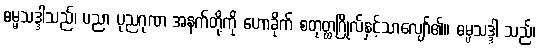
ဓမ္မသဒ္ဒါသည်၊ ပညာ ပုညဂုဏ အနက်တို့ကို ဟောခိုက် စတုတ္ထဂြိုလ်နှင့်သာလျော်၏။ ဓမ္မသဒ္ဒါ သည်၊